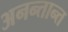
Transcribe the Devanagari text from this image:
अनन्तान्त